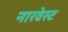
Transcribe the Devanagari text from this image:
नारवेस्ट